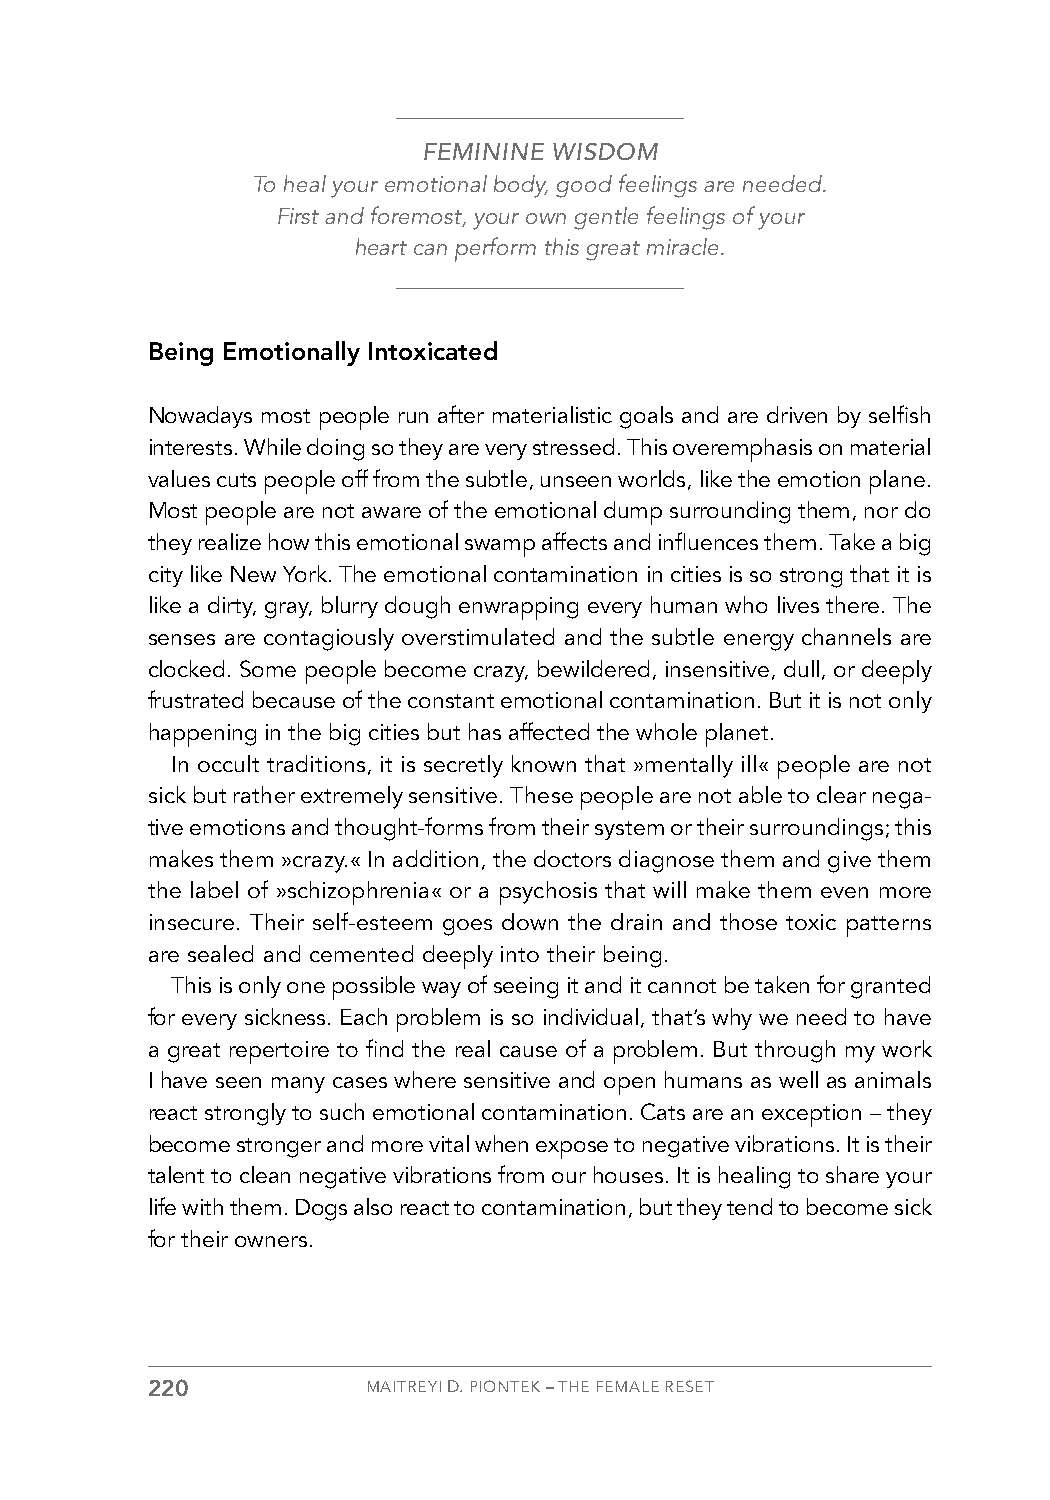
FEMININE WISDOM
 To heal your emotional body, good feelings are needed.
 First and foremost, your own gentle feelings of your
 heart can perform this great miracle.
 Being Emotionally Intoxicated
 Nowadays most people run after materialistic goals and are driven by selfish
 interests. While doing so they are very stressed. This overemphasis on material
 values cuts people off from the subtle, unseen worlds, like the emotion plane.
 Most people are not aware of the emotional dump surrounding them, nor do
 they realize how this emotional swamp affects and influences them. Take a big
 city like New York. The emotional contamination in cities is so strong that it is
 like a dirty, gray, blurry dough enwrapping every human who lives there. The
 senses are contagiously overstimulated and the subtle energy channels are
 clocked. Some people become crazy, bewildered, insensitive, dull, or deeply
 frustrated because of the constant emotional contamination. But it is not only
 happening in the big cities but has affected the whole planet.
 In occult traditions, it is secretly known that »mentally ill« people are not
 sick but rather extremely sensitive. These people are not able to clear nega-
 tive emotions and thought-forms from their system or their surroundings; this
 makes them »crazy.« In addition, the doctors diagnose them and give them
 the label of »schizophrenia« or a psychosis that will make them even more
 insecure. Their self-esteem goes down the drain and those toxic patterns
 are sealed and cemented deeply into their being.
 This is only one possible way of seeing it and it cannot be taken for granted
 for every sickness. Each problem is so individual, that’s why we need to have
 a great repertoire to find the real cause of a problem. But through my work
 I have seen many cases where sensitive and open humans as well as animals
 react strongly to such emotional contamination. Cats are an exception – they
 become stronger and more vital when expose to negative vibrations. It is their
 talent to clean negative vibrations from our houses. It is healing to share your
 life with them. Dogs also react to contamination, but they tend to become sick
 for their owners.
 220           MAITREYI D. PIONTEK – THE FEMALE RESET